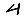
Digit: 4